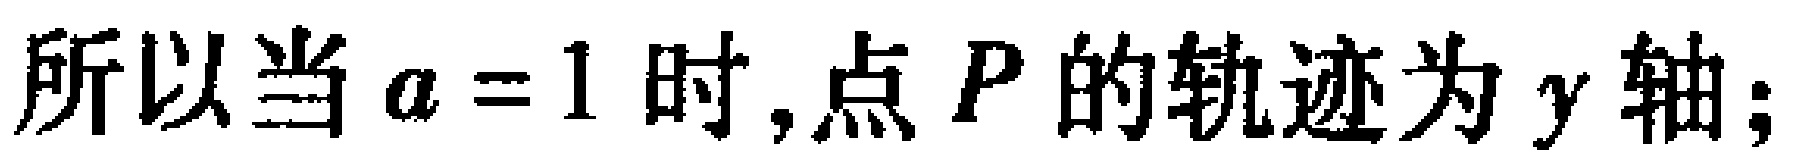
所以当\(a = 1\)时,点\(P\)的轨迹为\(y\)轴;